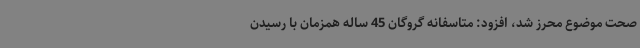
صحت موضوع محرز شد، افزود: متاسفانه گروگان 45 ساله همزمان با رسیدن